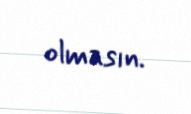
olmasın.